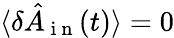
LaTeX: \langle\delta\hat{A}_{\mathrm{~i~n~}}(t)\rangle=0